Scottish Certificate of Education, 1962
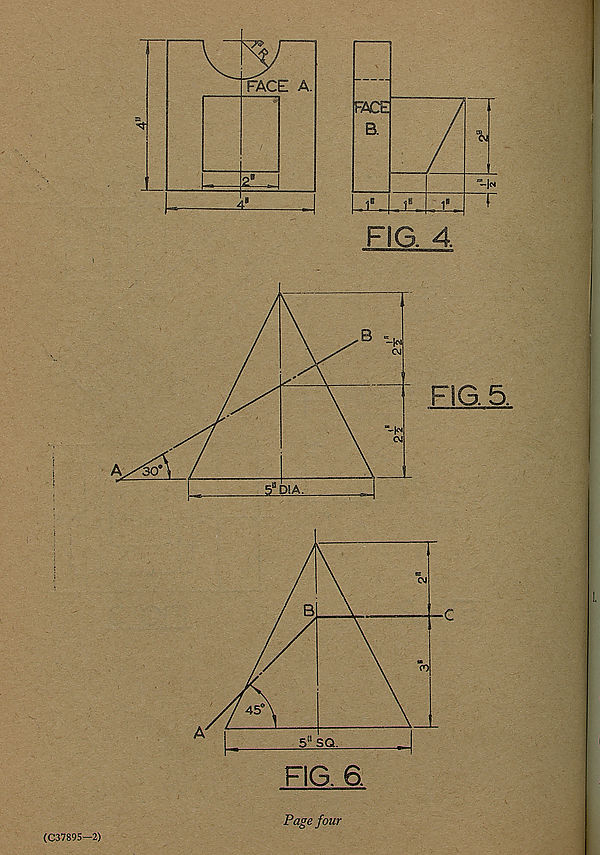
i
|
FIG. 4.
(C37895—2)
Pag £ four
■1T